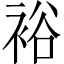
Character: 裕